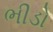
ભીડો